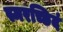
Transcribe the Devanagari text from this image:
स्मरच्छिदं